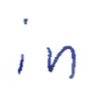
Text: in
Cross-out: clean
Writing tool: ballpoint